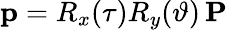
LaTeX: \mathbf{p}=R_{x}(\tau)R_{y}(\vartheta)\, \mathbf{P}